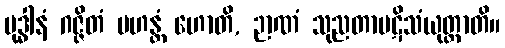
ဗုဒ္ဓါနံ ဂဇ္ဇိတံ မဟန္တံ ဟောတိ, ဉာဏံ သုညတာပဋိသံယုတ္တာတိ။